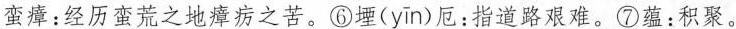
蛮瘴：经历蛮荒之地瘴疠之苦。⑥堙( yin )厄：指道路艰难。⑦蕴：积聚。